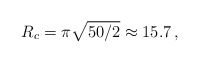
\begin{align*} R_c=\pi \sqrt{50/2} \approx 15.7 \, , \end{align*}